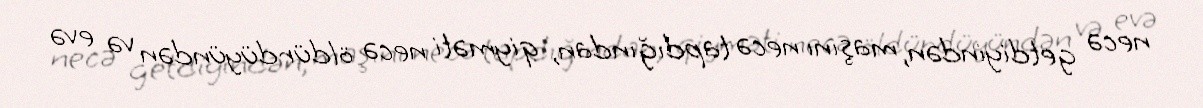
necə getdiyindən, maşını necə tapdığından, qiyməti necə öldürdüyündən və evə